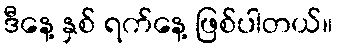
ဒီနေ့ နှစ် ရက်နေ့ ဖြစ်ပါတယ်။